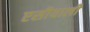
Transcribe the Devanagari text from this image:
एसीयाली